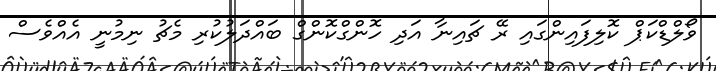
ވޯލްޑްކަޕް ކޮލިފައިންގައި ރޭ ޗައިނާ އަދި ހޮންގްކޮންގް ބައްދަލުކުރި މެޗު ނިމުނީ އެއްވެސް